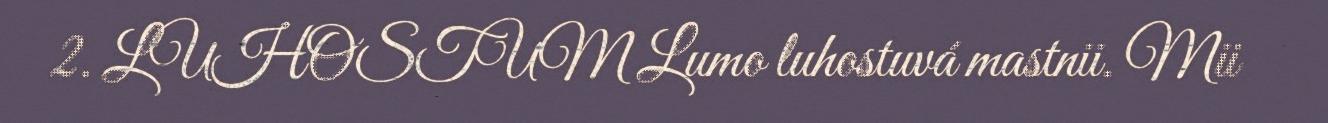
2. LUHOSTUM Lumo luhostuvá mastnii. Mii